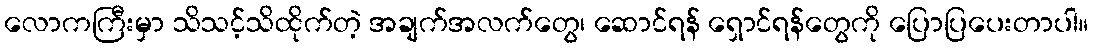
လောကကြီးမှာ သိသင့်သိထိုက်တဲ့ အချက်အလက်တွေ၊ ဆောင်ရန် ရှောင်ရန်တွေကို ပြောပြပေးတာပါ။